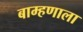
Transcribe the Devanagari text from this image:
बाम्हणाला